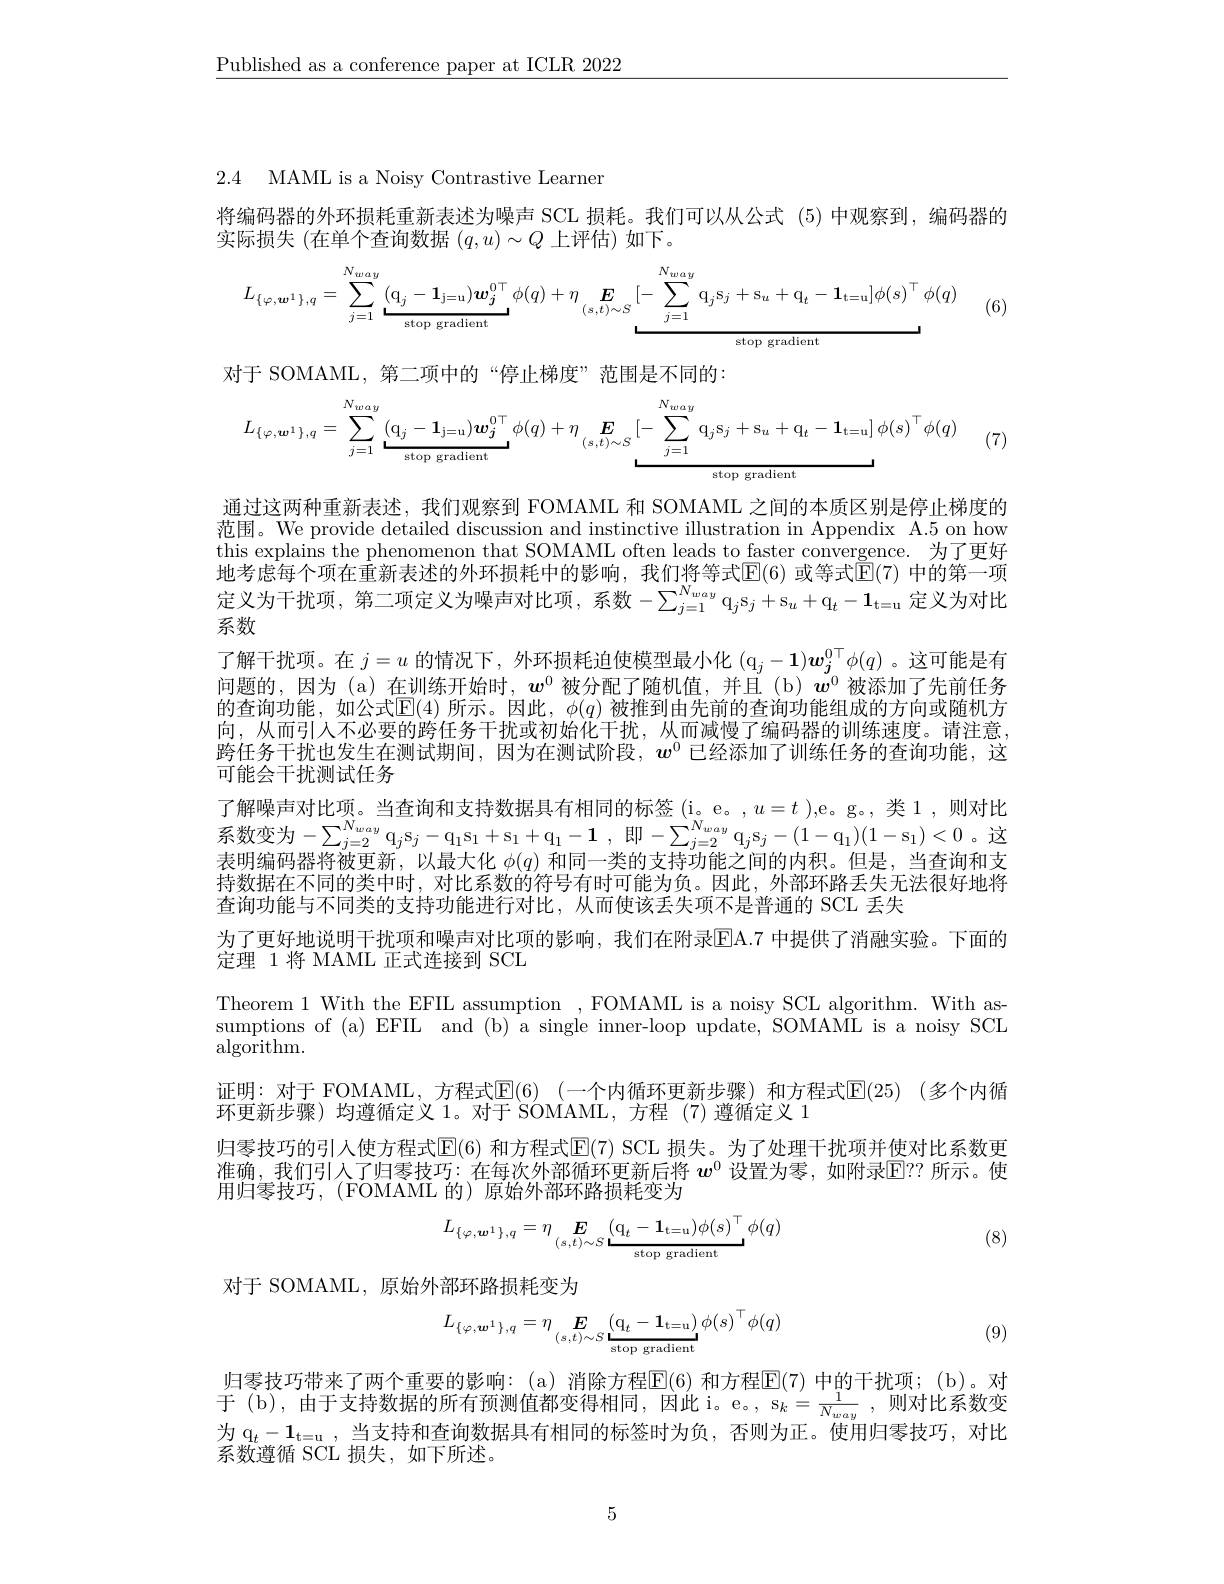
$\underline{\text{Published as a conference paper at ICLR 2022}}$

2.4 MAML is a Noisy Contrastive Learner

将编码器的外环损耗重新表述为噪声 SCL 损耗。我们可以从公式 (5)中观察到，编码器的
实际损失 (在单个查询数据$(q,u)\sim Q$上评估)如下。
$$L_{\{\varphi,\boldsymbol{w}^{1}\},q}=\sum_{j=1}^{N_{way}}\underbrace{(\mathbf{q}_{i_{j}}-\mathbf{1}_{j=u})\boldsymbol{w}_{j}^{0\top}}_{\text{stop gradient}}\phi(q)+\eta_{(s,t)\sim S}\underbrace{[-\sum_{j=1}^{N_{way}}\mathbf{q}_{j}\mathbf{s}_{j}+\mathbf{s}_{u}+\mathbf{q}_{t}-\mathbf{1}_{t=u}]\phi(s)^{\top}\phi(q)}_{\text{ston gradient}}$$
(6)

对于 SOMAML,第二项中的“停止梯度”范围是不同的：
$$L_{\{\varphi,\boldsymbol{w}^{1}\},q}=\sum_{j=1}^{N_{way}}\underbrace{(\mathbf{q}_{ij}-\mathbf{1}_{j=u})\boldsymbol{w}_{j}^{0\top}}_{\text{stop gradient}}\phi(q)+\eta_{(s,t)\sim S}\underbrace{[-\sum_{j=1}^{N_{way}}\mathbf{q}_{j}\mathbf{s}_{j}+\mathbf{s}_{u}+\mathbf{q}_{t}-\mathbf{1}_{t=u}]}_{\text{ston gradient}}\phi(s)^{\top}\phi(q)$$
(7)

地 考 虑 每 个 项 在 重 新 表 述 的 外 环 损 耗 中 的 影 响 , 我 们 将 等 式 $\mathbb{E} ( 6)$ 或 等 式 $\mathbb{E} ( 7)$ 中 的 第 一 项 定 义 为 干 扰 项 , 第 二 项 定 义 为 噪 声 对 比 项 , 系 数 $- \sum _{j= 1}^{N_{uay}}\mathfrak{q} _{j}\mathfrak{s} _{j}+ \mathfrak{s} _{u}+ \mathfrak{q} _{t}- \mathbf{1} _{\mathrm{t= u}}$ 定 义 为 对 比 系 数

通过这两种重新表述，我们观察到 FOMAML 和 SOMAML 之间的本质区别是停止梯度的范围。We provide detailed discussion and instinctive illustration in Appendix A.5 on how this explains the phenomenon that SOMAML often leads to faster convergence. 为了更好了解干扰项。在$j=u$的情况下，外环损耗迫使模型最小化$(\mathfrak{q}_j-\mathbf{1})\boldsymbol{w}_j^{0\top}\phi(q)$ 。这可能是有问题的，因为 (a)在训练开始时，$w^0$ 被分配了随机值，并且 (b)$w^0$被添加了先前任务的查询功能，如公式$\mathbb{E}(4)$ 所示。因此，$\phi(q)$ 被推到由先前的查询功能组成的方向或随机方向，从而引入不必要的跨任务干扰或初始化干扰，从而减慢了编码器的训练速度。请注意， 跨任务干扰也发生在测试期间，因为在测试阶段，$\boldsymbol{w}^{0}$已经添加了训练任务的查询功能，这可能会干扰测试任务
了解噪声对比项。当查询和支持数据具有相同的标签( $i__N$。e。,$u=t$ ),e。g。,类 1,则对比系数变为$-\sum_{j=2}^{N_{way}}\mathrm{q}_{j}$s$_j-\mathrm{q}_1$s$_1+ \mathrm{s} _1+ \mathrm{q} _1- 1$ ,即$-\sum_j=2^{N_{way}}\mathrm{q}_j$s$_j-(1-\mathrm{q}_1)(1-\mathrm{s}_1)<0$。这表明编码器将被更新，以最大化$\phi(q)$和同一类的支持功能之间的内积。但是，当查询和支持数据在不同的类中时，对比系数的符号有时可能为负。因此，外部环路丢失无法很好地将查询功能与不同类的支持功能进行对比，从而使该丢失项不是普通的 SCL 丢失
为了更好地说明干扰项和噪声对比项的影响，我们在附录EA. 7 中提供了消融实验。下面的
定理 1 将 MAML 正式连接到 SCL
Theorem 1 With the EFIL assumption , FOMAML is a noisy SCL algorithm. With assumptions of (a) EFIL and (b) a single inner-loop update, SOMAML is a noisy SCL $\operatorname{algorithm}.$
证明：对于 FOMAML, 方程式$\overline {\mathbb{E} }( 6)$ (一个内循环更新步骤)和方程式$\overline {\mathbb{E} }( 25)$ (多个内循
环更新步骤)均遵循定义 1。对于 SOMAML, 方程 (7) 遵循定义 1
归零技巧的引人使方程式$\mathbb{E}(6)$ 和方程式$\mathbb{E}(7)$ SCL 损失。为了处理干扰项并使对比系数更准确，我们引人了归零技巧：在每次外部循环更新后将$w^{0}$设置为零，如附录$\mathbb{E}??$所示。使用归零技巧，(FOMAML 的)原始外部环路损耗变为
$$L_{\{\varphi,\boldsymbol{w}^{1}\},q}=\eta\underset{(s,t)\sim S}{\boldsymbol{E}}\underbrace{(\mathbf{q}_{t}-\mathbf{1}_{\mathrm{t=u}})\phi(s)^{\top}}_{\text{stop gradient}}\phi(q)$$
(8)

对于 SOMAML, 原始外部环路损耗变为
$$L_{\{\varphi,\boldsymbol{w}^{1}\},q}=\eta\underset{(s,t)\sim S}{\boldsymbol{E}}\underset{\text{stop gradient}}{(\mathbf{q}_{t}-\mathbf{1}_{\mathrm{t=u}})}\:\phi(s)^{\top}\phi(q)$$
(9)

归零技巧带来了两个重要的影响：(a)消除方程$\overline{\mathrm{E}}(6)$ 和方程$\overline{\mathrm{E}}(7)$ 中的干扰项；(b)。对于(b),由于支持数据的所有预测值都变得相同，因此i$。e_\mathrm{o} $, $s_k= \frac 1{N_{way}}$ ,则对比系数变为$q_t$- $1_{t= u}$ , 当 支 持 和 查 询 数 据 具 有 相 同 的 标 签 时 为 负 , 否 则 为 正 。使 用 归 零 技 巧 , 对 比 系数遵循 SCL 损失，如下所述。

5